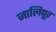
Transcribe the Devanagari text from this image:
जालिपूर